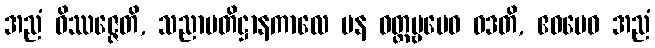
အညံ ဝိဿဇ္ဇေတိ, သညာပတိဋ္ဌာနကာလေ ပန ဝတ္တဗ္ဗမေဝ ဝဒတိ, ဧဝမေဝ အညံ